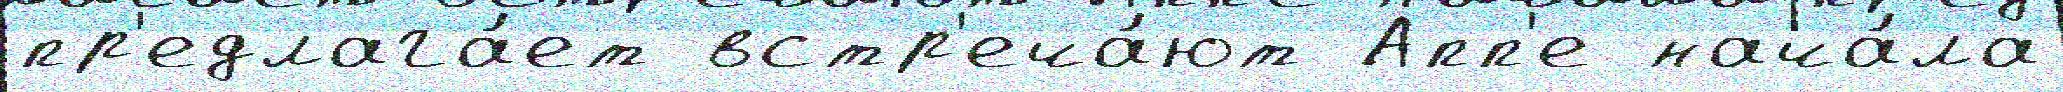
пр'едлага́ет встр'еча́ют Апп'е нача́ла